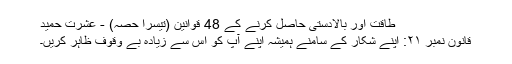
طاقت اور بالادستی حاصل کرنے کے 48 قوانین (تیسرا حصہ) - عشرت حمید
قانون نمبر ۲۱: اپنے شکار کے سامنے ہمیشہ اپنے آپ کو اس سے زیادہ بے وقوف ظاہر کریں۔